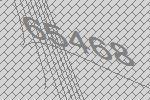
65468